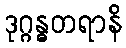
ဒုဂ္ဂန္ဓတရာနိ